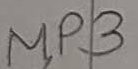
Text: MP3